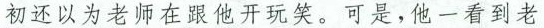
初还以为老师在跟他开玩笑。可是，他一看到老